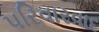
પરિવારવાદ